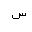
Letter: _sin